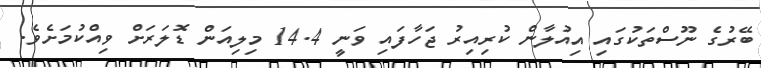
ބޭރުގެ ނޫސްތަކުގައި އިއުލާން ކުރިއިރު ޖަހާފައި ވަނީ 14.4 މިލިއަން ޑޮލަރަށް ވިއްކުމަށެވެ.